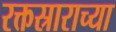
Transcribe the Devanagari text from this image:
रक्तस्राराच्या